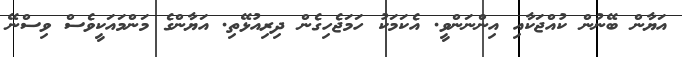
އަޔާން ބޭނުން ކުއްޖަކާއި އިންނަންވީ. އެކަމަކު ހަމަޖެހިގެން ދިރިއުޅޭތި. އަޔާންގެ މަންމައަކީވެސް ވިސްނޭ